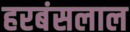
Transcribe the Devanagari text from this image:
हरबंसलाल